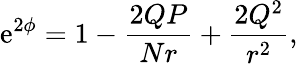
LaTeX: \mathrm{e}^{2\phi}=1-\frac{2QP}{Nr}+\frac{2Q^{2}}{r^{2}},